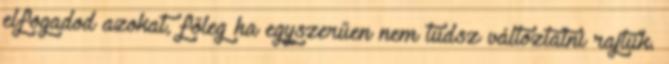
elfogadod azokat, főleg ha egyszerűen nem tudsz változtatni rajtuk.